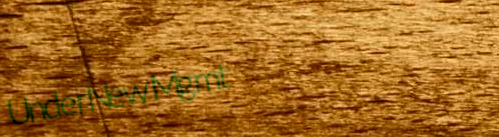
UnderNewMgmt